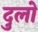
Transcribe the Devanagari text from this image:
दुलो